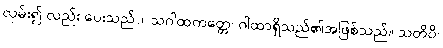
လှမ်း၍ လည်း ပေးသည်)။ သဂါထကတ္တေ၊ ဂါထာရှိသည်၏အဖြစ်သည်။ သတိပိ၊